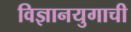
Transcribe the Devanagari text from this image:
विज्ञानयुगाची